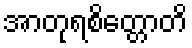
အာတုရစိတ္တောတိ